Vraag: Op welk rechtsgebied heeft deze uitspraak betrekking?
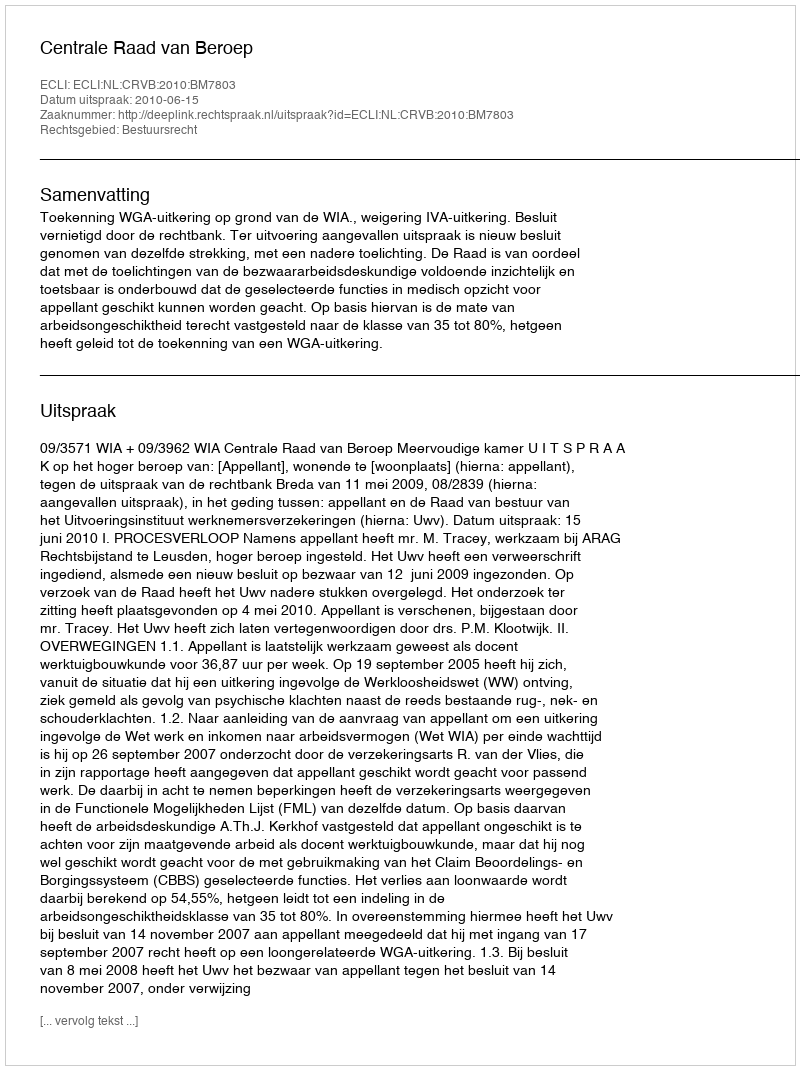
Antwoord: Bestuursrecht